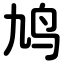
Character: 鸠